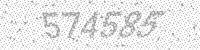
Solution: 574585